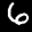
Label: 6